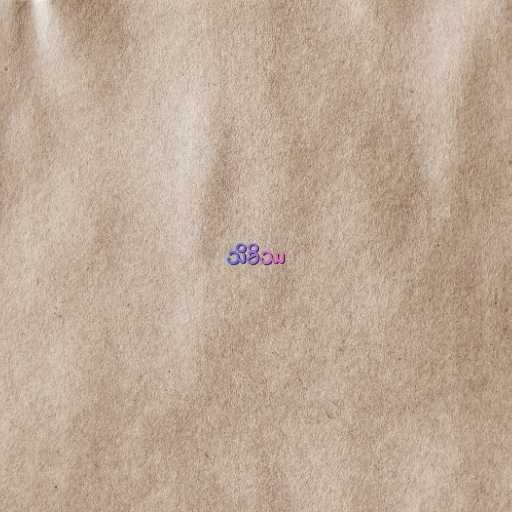
သိခိဿ